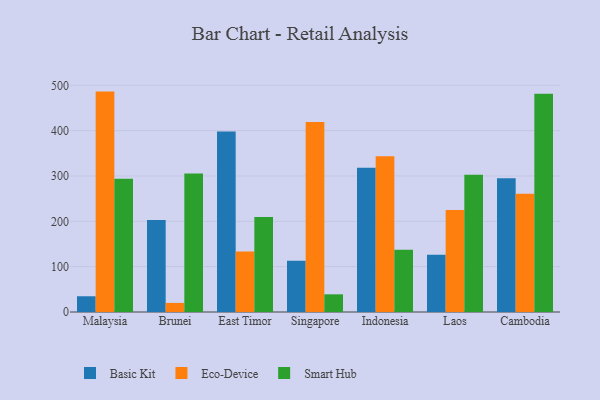
{"axis": {"x": "Country", "y": "Active Users"}, "legend": ["Basic Kit", "Eco-Device", "Smart Hub"], "data": [{"x": "Malaysia", "y": 34.7, "type": "Basic Kit"}, {"x": "Malaysia", "y": 486.1, "type": "Eco-Device"}, {"x": "Malaysia", "y": 293.8, "type": "Smart Hub"}, {"x": "Brunei", "y": 203.0, "type": "Basic Kit"}, {"x": "Brunei", "y": 20.0, "type": "Eco-Device"}, {"x": "Brunei", "y": 305.2, "type": "Smart Hub"}, {"x": "East Timor", "y": 398.3, "type": "Basic Kit"}, {"x": "East Timor", "y": 133.4, "type": "Eco-Device"}, {"x": "East Timor", "y": 209.6, "type": "Smart Hub"}, {"x": "Singapore", "y": 113.3, "type": "Basic Kit"}, {"x": "Singapore", "y": 419.1, "type": "Eco-Device"}, {"x": "Singapore", "y": 39.0, "type": "Smart Hub"}, {"x": "Indonesia", "y": 318.0, "type": "Basic Kit"}, {"x": "Indonesia", "y": 343.5, "type": "Eco-Device"}, {"x": "Indonesia", "y": 137.3, "type": "Smart Hub"}, {"x": "Laos", "y": 126.1, "type": "Basic Kit"}, {"x": "Laos", "y": 224.9, "type": "Eco-Device"}, {"x": "Laos", "y": 302.8, "type": "Smart Hub"}, {"x": "Cambodia", "y": 295.2, "type": "Basic Kit"}, {"x": "Cambodia", "y": 260.8, "type": "Eco-Device"}, {"x": "Cambodia", "y": 481.2, "type": "Smart Hub"}]}